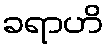
ခရာဟိ